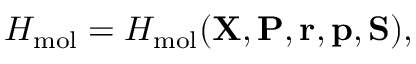
H _ { \mathrm { m o l } } = H _ { \mathrm { m o l } } ( { \mathbf { X } } , { \mathbf { P } } , { \mathbf { r } } , { \mathbf { p } } , { \mathbf { S } } ) ,